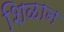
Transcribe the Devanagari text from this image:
शिळान